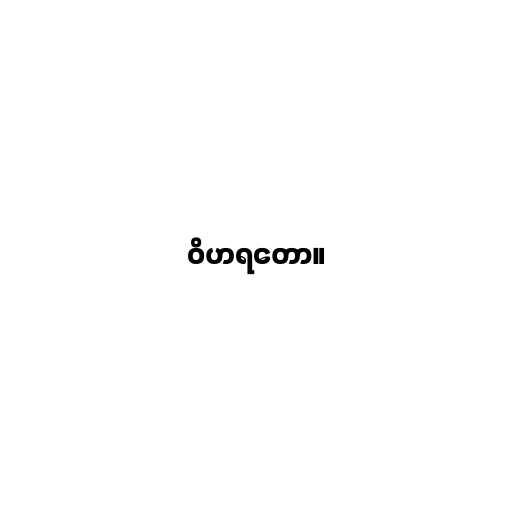
ဝိဟရတော။